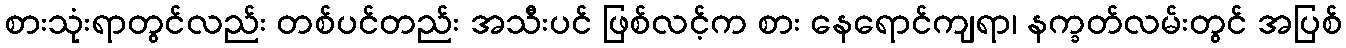
စားသုံးရာတွင်လည်း တစ်ပင်တည်း အသီးပင် ဖြစ်လင့်က စား နေရောင်ကျရာ၊ နက္ခတ်လမ်းတွင် အပြစ်